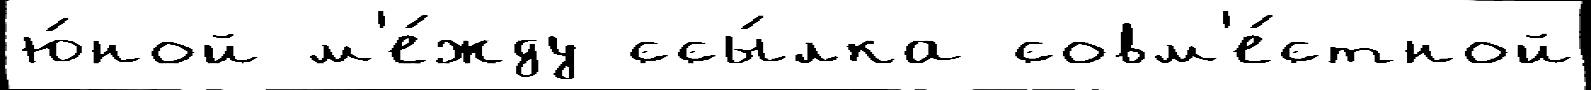
ю́ной м'е́жду ссы́лка совм'е́стной